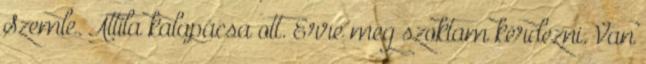
Szemle. Attila kalapácsa ott. Erre meg szoktam kérdezni. Van